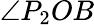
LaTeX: \angle P_{2}OB